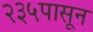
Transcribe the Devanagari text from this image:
२३५पासून